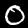
Digit: 0